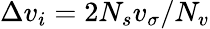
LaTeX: \Delta{}v_{i}=2N_{s}v_{\sigma}/N_{v}